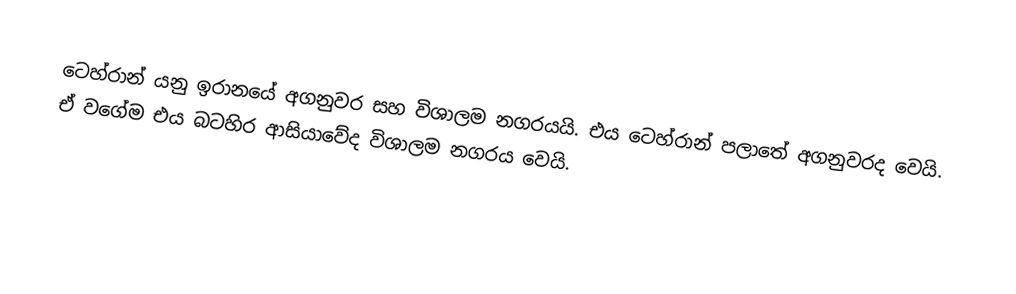
ටෙහ්රාන් යනු ඉරානයේ අගනුවර සහ විශාලම නගරයයි. එය ටෙහ්රාන් පලාතේ අගනුවරද වෙයි. ඒ වගේම එය බටහිර ආසියාවේද විශාලම නගරය වෙයි.